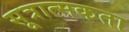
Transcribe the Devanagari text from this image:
सूत्रात्मकता